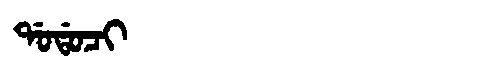
Manchu: ᡩᠣᡩᠣᠴᡳ
Romanization: DODOCI